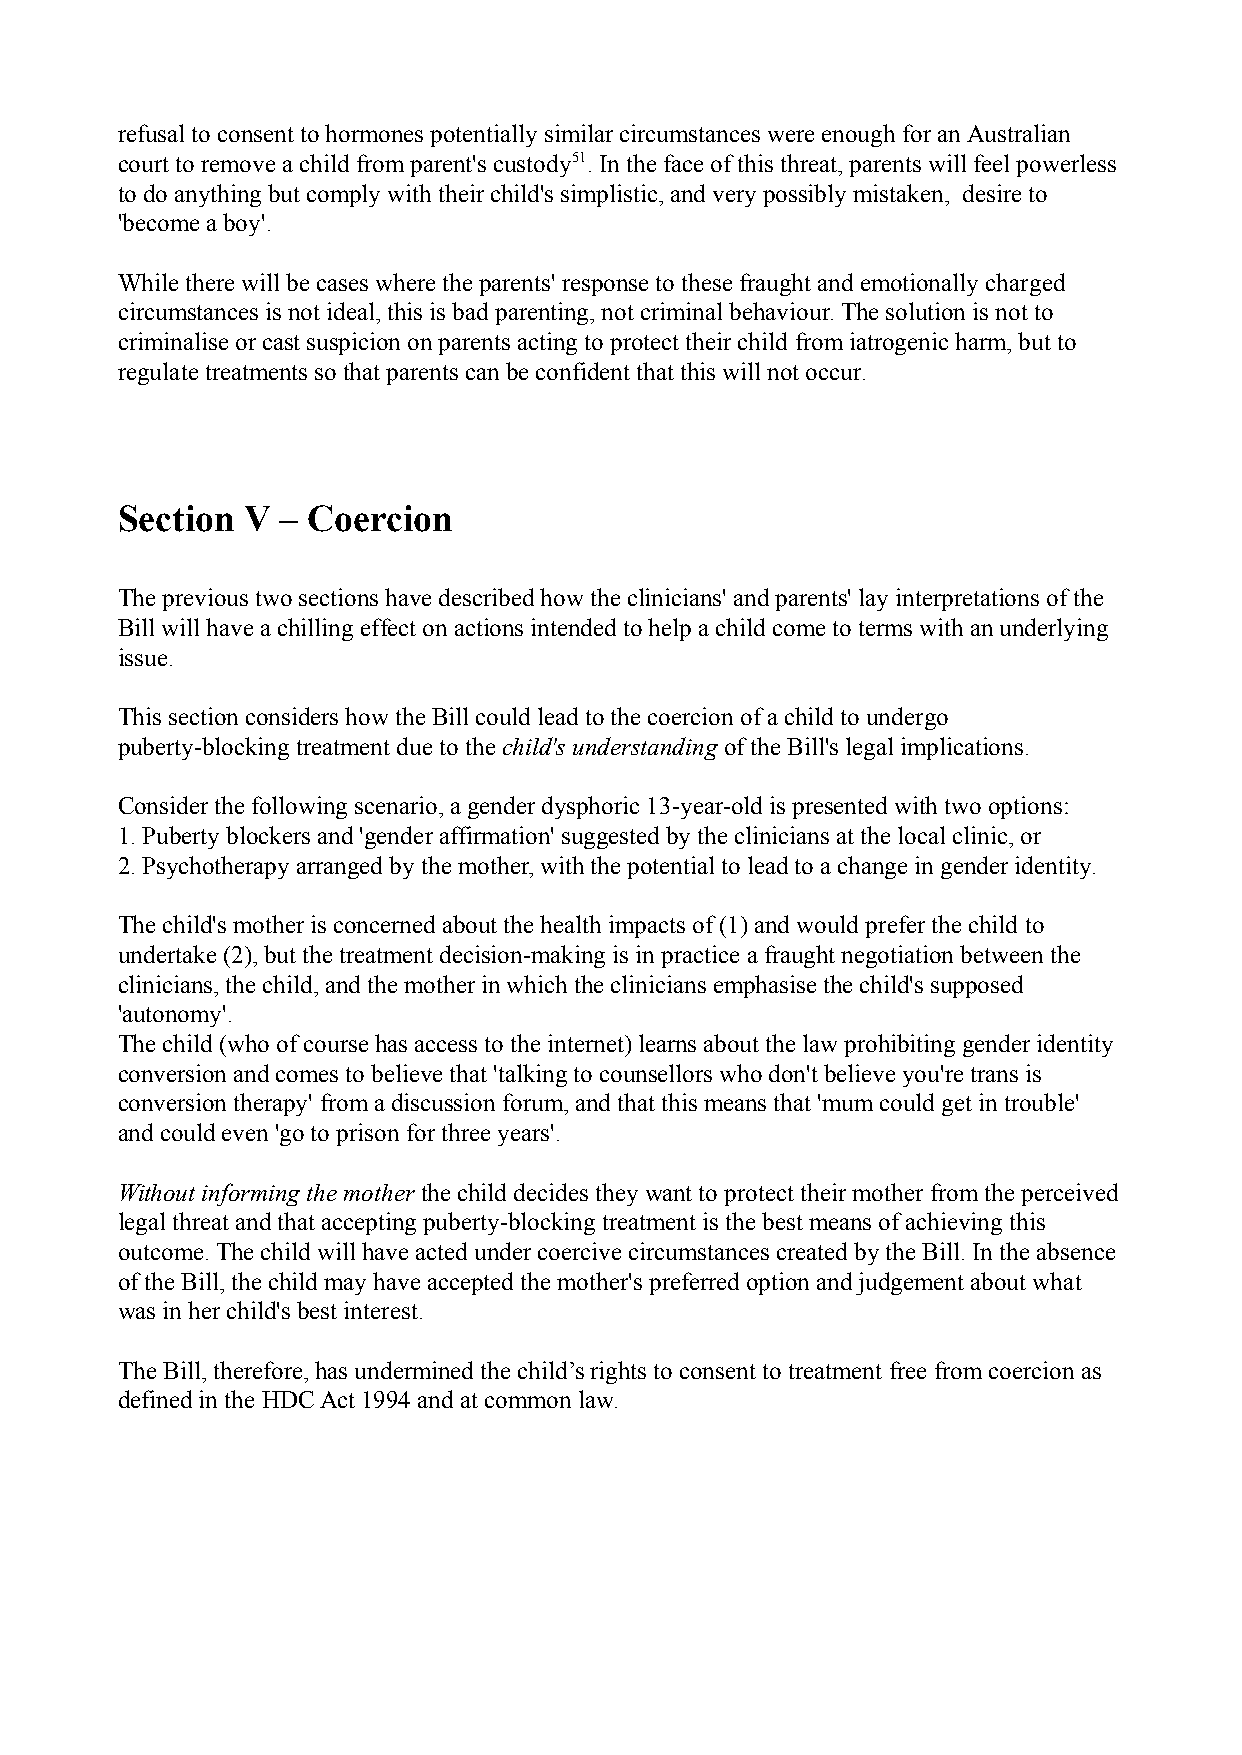
refusal to consent to hormones potentially similar circumstances were enough for an Australian
 court to remove a child from parent's custody51 .In the face of this threat, parents will feel powerless
 to do anything but comply with their child's simplistic, and very possibly mistaken, desire to
 'become a boy'.
 While there will be cases where the parents' response to these fraught and emotionally charged
 circumstances is not ideal, this is bad parenting, not criminal behaviour. The solution is not to
 criminalise or cast suspicion on parents acting to protect their child from iatrogenic harm, but to
 regulate treatments so that parents can be confident that this will not occur.
 Section V – Coercion
 The previous two sections have described how the clinicians' and parents' lay interpretations of the
 Bill will have a chilling effect on actions intended to help a child come to terms with an underlying
 issue.
 This section considers how the Bill could lead to the coercion of a child to undergo
 puberty-blocking treatment due to the child's understandingof the Bill's legal implications.
 Consider the following scenario, a gender dysphoric 13-year-old is presented with two options:
 1. Puberty blockers and 'gender affirmation' suggested by the clinicians at the local clinic, or
 2. Psychotherapy arranged by the mother, with the potential to lead to a change in gender identity.
 The child's mother is concerned about the health impacts of (1) and would prefer the child to
 undertake (2), but the treatment decision-making is in practice a fraught negotiation between the
 clinicians, the child, and the mother in which the clinicians emphasise the child's supposed
 'autonomy'.
 The child (who of course has access to the internet) learns about the law prohibiting gender identity
 conversion and comes to believe that 'talking to counsellors who don't believe you're trans is
 conversion therapy' from a discussion forum, and that this means that 'mum could get in trouble'
 and could even 'go to prison for three years'.
 Without informing the mother the child decides theywant to protect their mother from the perceived
 legal threat and that accepting puberty-blocking treatment is the best means of achieving this
 outcome. The child will have acted under coercive circumstances created by the Bill. In the absence
 of the Bill, the child may have accepted the mother's preferred option and judgement about what
 was in her child's best interest.
 The Bill, therefore, has undermined the child’s rights to consent to treatment free from coercion as
 defined in the HDC Act 1994 and at common law.